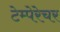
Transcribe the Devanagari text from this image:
टेम्पेरेचर